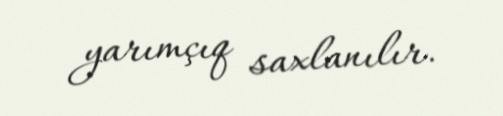
yarımçıq saxlanılır.